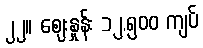
၂၂။ ဈေးနှုန်း ၁၂,၅၀၀ ကျပ်